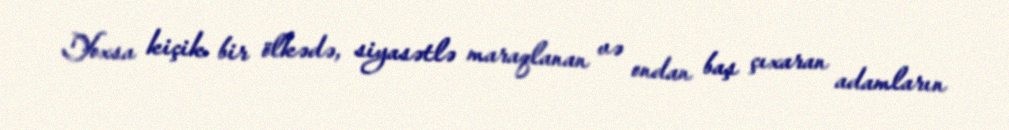
Yoxsa kiçik bir ölkədə, siyasətlə maraqlanan və ondan baş çıxaran adamların